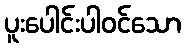
ပူးပေါင်းပါဝင်သော